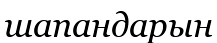
шапандарын